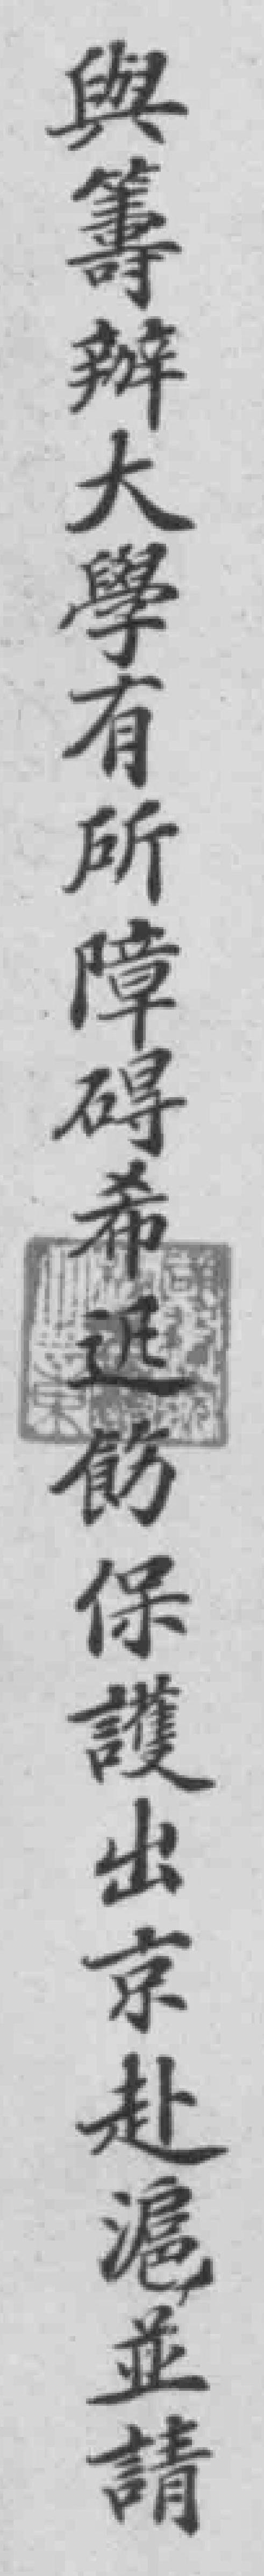
與籌辦大學有所障碍希迅飭保護出京赴滬並請